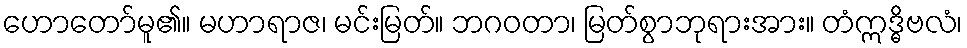
ဟောတော်မူ၏။ မဟာရာဇ၊ မင်းမြတ်။ ဘဂဝတာ၊ မြတ်စွာဘုရားအား။ တံဣဒ္ဓိဗလံ၊